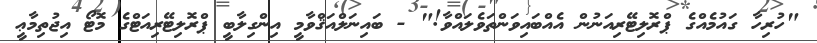
"ހުރިހާ ގައުމެއްގެ ޕްރޮލިޓޭރިއަނުން އެއްބައިވަންތަވެލައްވާ!" - ބައިނަލްއަޤްވާމީ އިންގިލާބީ ޕްރޮލިޓޭރިއަޓްގެ މޮޓޯ އިޖުތިމާޢީ